Plague in India, 1896, 1897 - Volume 2
Year: 1896
Disease focus: Plague
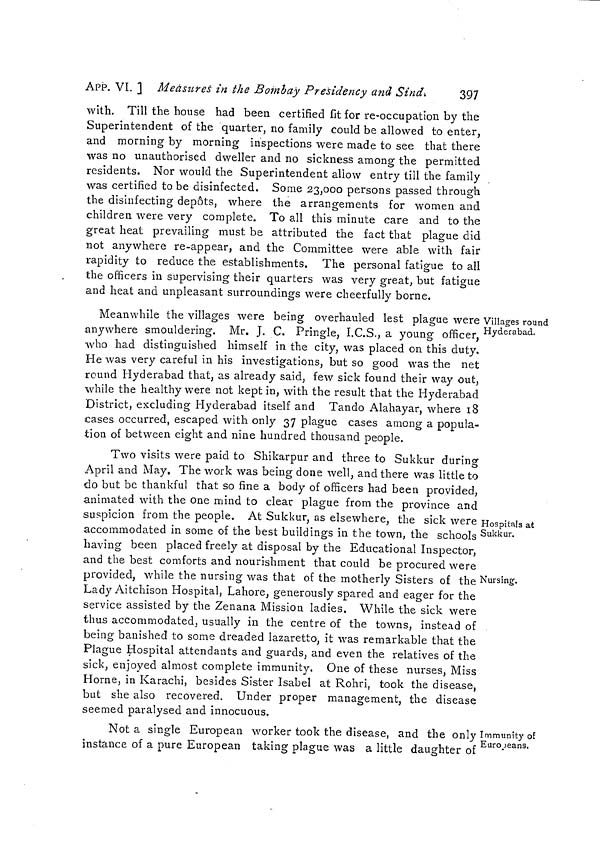
APP. VI. ] Measures in the Bombay Presidency and Sind. 397
with. Till the house had been certified fit for re-occupation by the
Superintendent of the quarter, no family could be allowed to enter,
and morning by morning inspections were made to see that there
was no unauthorised dweller and no sickness among the permitted
residents. Nor would the Superintendent allow entry till the family
was certified to be disinfected. Some 23,000 persons passed through
the disinfecting depots, where the arrangements for women and
children were very complete. To all this minute care and to the
great heat prevailing must be attributed the fact that plague did
not anywhere re-appear, and the Committee were able with fair
rapidity to reduce the establishments. The personal fatigue to all
the officers in supervising their quarters was very great, but fatigue
and heat and unpleasant surroundings were cheerfully borne.
Villages round
Hyderabad.
Meanwhile the villages were being overhauled lest plague were
anywhere smouldering. Mr. J. C. Pringle, I.C.S., a young officer,
who had distinguished himself in the city, was placed on this duty.
He was very careful in his investigations, but so good was the net
round Hyderabad that, as already said, few sick found their way out,
while the healthy were not kept in, with the result that the Hyderabad
District, excluding Hyderabad itself and Tando Alahayar, where 18
cases occurred, escaped with only 37 plague cases among a popula-
tion of between eight and nine hundred thousand people.
Hospitals at
Sukkur.
Two visits were paid to Shikarpur and three to Sukkur during
April and May. The work was being done well, and there was little to
do but be thankful that so fine a body of officers had been provided,
animated with the one mind to clear plague from the province arid
suspicion from the people. At Sukkur, as elsewhere, the sick were
accommodated in some of the best buildings in the town, the schools
having been placed freely at disposal by the Educational Inspector,
and the best comforts and nourishment that could be procured were
Nursing.
provided, while the nursing was that of the motherly Sisters of the
Lady Aitchison Hospital, Lahore, generously spared and eager for the
service assisted by the Zenana Mission ladies. While the sick were
thus accommodated, usually in the centre of the towns, instead of
being banished to some dreaded lazaretto, it was remarkable that the
Plague Hospital attendants and guards, and even the relatives of the
sick, enjoyed almost complete immunity. One of these nurses. Miss
Home, in Karachi, besides Sister Isabel at Rohri, took the disease,
but she also recovered. Under proper management, the disease
seemed paralysed and innocuous.
Immunity of
Europeans.
Not a single European worker took the disease, and the only
instance of a pure European taking plague was a little daughter of